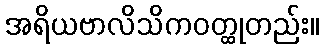
အရိယဗာလိသိကဝတ္ထုတည်း။